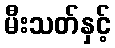
မီးသတ်နှင့်